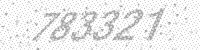
Solution: 783321